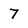
Character: 7